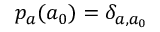
p _ { a } ( a _ { 0 } ) = \delta _ { a , a _ { 0 } }